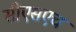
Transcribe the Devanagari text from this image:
सीएसएच